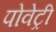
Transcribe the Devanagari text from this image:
पोवेट्री